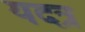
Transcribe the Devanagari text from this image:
यदत्र